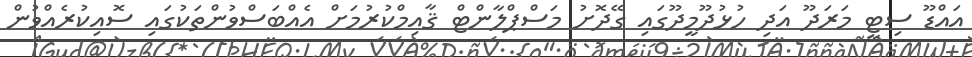
އައްޑޫ ސިޓީ މަރަދޫ އަދި ހުޅުދޫމީދޫގައި ގޭދޮށު މަސްޕްލާންޓް ޤާއިމްކުރުމަށް އެއްބަސްވުންތަކުގައި ސޮއިކުރެއްވުން